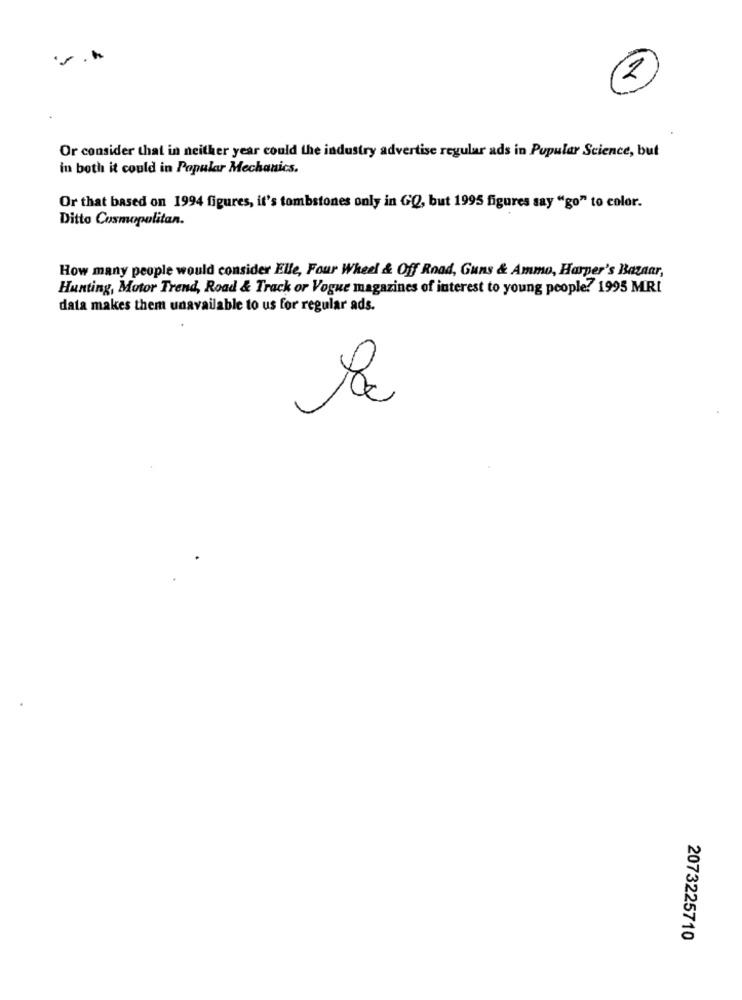
2
Or consider that in neither year could the industry advertise regular ads in Popular Science, but
in both it could in Popular Mechanics.
Or that based on 1994 figures, it's tombstones only in GQ, but 1995 figures say "go" to color.
Ditto Cosmopolitan.
How many people would consider Elle, Four Wheel & Off Road, Guns & Ammo, Harper's Bazaar,
Hunting, Motor Trend, Road & Track or Vogue magazines of interest to young people? 1995 MRI
data makes them unavailable to us for regular ads.
2073225710